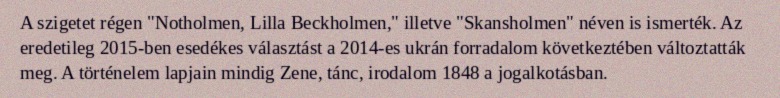
A szigetet régen "Notholmen, Lilla Beckholmen," illetve "Skansholmen" néven is ismerték. Az eredetileg 2015-ben esedékes választást a 2014-es ukrán forradalom következtében változtatták meg. A történelem lapjain mindig Zene, tánc, irodalom 1848 a jogalkotásban.